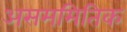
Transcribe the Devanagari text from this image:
असममितिक